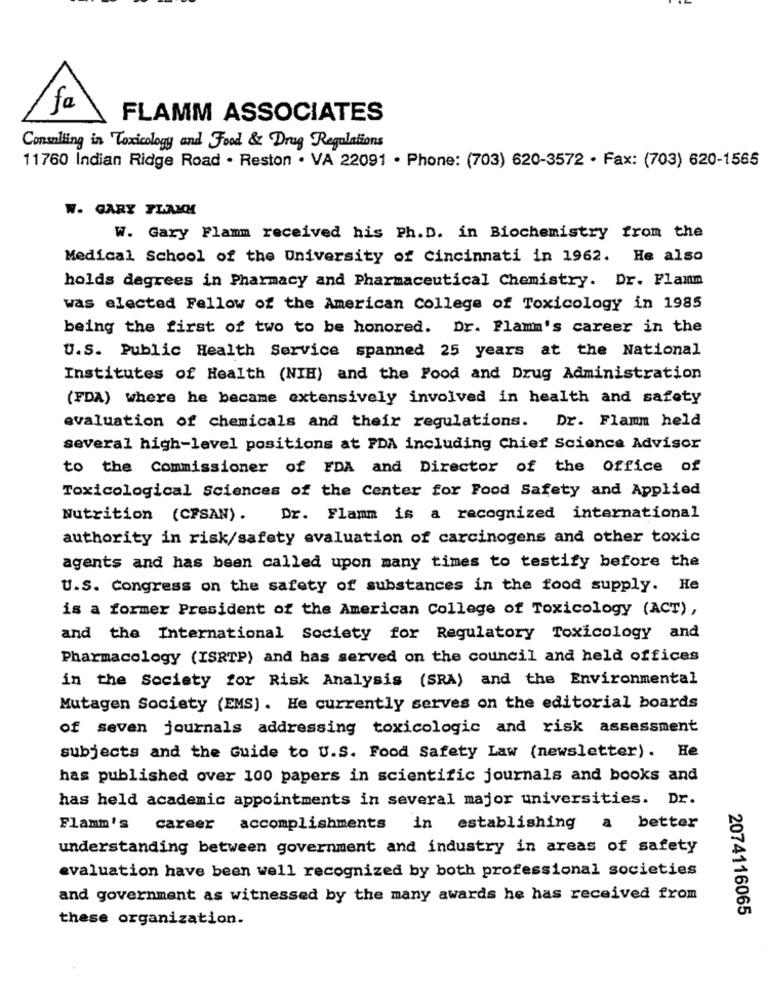
fa
FLAMM ASSOCIATES
Consulting in Toxicology and Food & Drug Regulations
11760 Indian Ridge Road . Reston . VA 22091 . Phone: (703) 620-3572 · Fax: (703) 620-1565
W. GARY FLAMM
W. Gary Flamm received his Ph. D. in Biochemistry from the
Medical School of the University of Cincinnati in 1962. He also
holds degrees in Pharmacy and Pharmaceutical Chemistry. Dr. Flamm
was elected Fellow of the American College of Toxicology in 1985
being the first of two to be honored. Dr. Flamm's career in the
U.S. Public Health Service spanned 25 years at the National
Institutes of Health (NIH) and the Food and Drug Administration
(FDA) where he became extensively involved in health and safety
evaluation of chemicals and their regulations. Dr. Flamm held
several high-level positions at PDA including Chief Science Advisor
to the Commissioner of FDA and Director of the Office of
Toxicological Sciences of the Center for Food Safety and Applied
Nutrition (CFSAN). Dr. Flamm is a recognized international
authority in risk/safety evaluation of carcinogens and other toxic
agents and has been called upon many times to testify before the
U.S. Congress on the safety of substances in the food supply. He
is a former President of the American College of Toxicology (ACT),
and the International Society for Regulatory Toxicology and
Pharmacology (ISRTP) and has served on the council and held offices
in the Society for Risk Analysis (SRA) and the Environmental
Mutagen Society (EMS). He currently serves on the editorial boards
of seven journals addressing toxicologic and risk assessment
subjects and the Guide to U.S. Food Safety Law (newsletter). He
has published over 100 papers in scientific journals and books and
has held academic appointments in several major universities. Dr.
Flamm's career accomplishments in establishing a better
understanding between government and industry in areas of safety
evaluation have been well recognized by both professional societies
and government as witnessed by the many awards he has received from
these organization.
2074116065